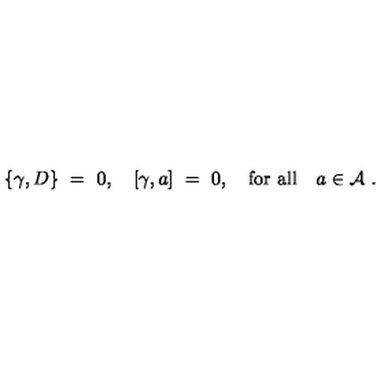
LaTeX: \{ \gamma , D \} \ = \ 0 , \quad [ \gamma , a ] \ = \ 0 , \quad \mathrm { f o r \ a l l } \quad a \in { \mathcal A } \ .